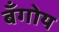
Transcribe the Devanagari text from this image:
बँगोय